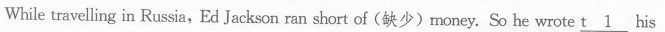
While travelling in Russia,Ed Jackson ran short of(缺少)money. So he wrote \underline{t 1} his